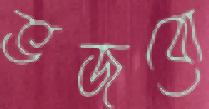
ভজবো